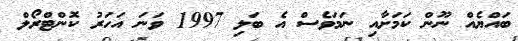
ބައްޔެއް ނޫން ކަމަށާއި ނަމަވެސް އެ ބަލި 1997 ވަނަ އަހަރު ކޮންޓްރޯލް